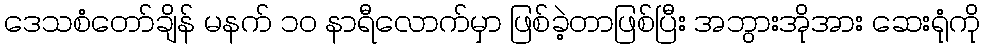
ဒေသစံတော်ချိန် မနက် ၁၀ နာရီလောက်မှာ ဖြစ်ခဲ့တာဖြစ်ပြီး အဘွားအိုအား ဆေးရုံကို